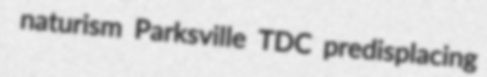
naturism Parksville TDC predisplacing